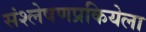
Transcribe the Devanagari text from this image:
संश्लेषणप्रकियेला